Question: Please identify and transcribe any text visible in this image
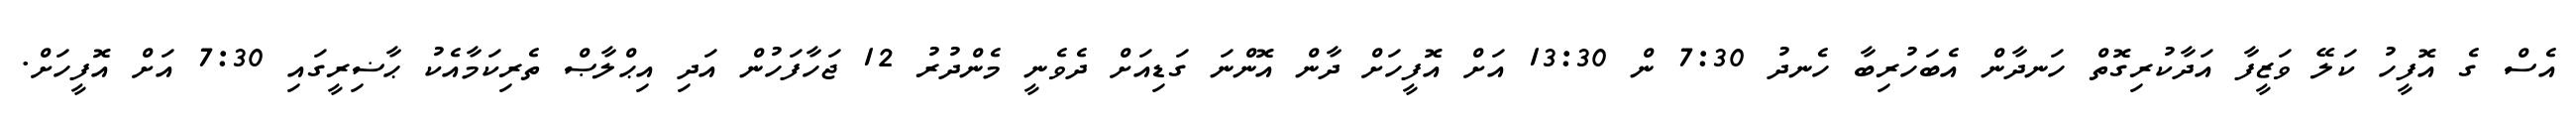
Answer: އެސް ގެ އޮފީހު ކަލޭ ވަޒީފާ އަދާކުރިގޮތް ހަނދާން އެބަހުރިބާ ހެނދު 7:30 ން 13:30 އަށް އޮފީހަށް ދާން އޮންނަ ގަޑިއަށް ދެވެނީ މެންދުރު 12 ޖަހާފަހުން އަދި އިޙްލާޞް ތެރިކަމާއެކު ޙާޟިރީގައި 7:30 އަށް އޮފީހަށް.